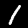
Label: 1